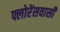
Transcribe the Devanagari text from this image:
फ्लोरेंसवासी